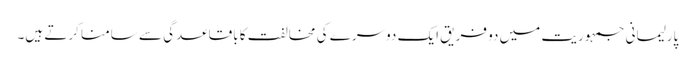
پارلیمانی جمہوریت میں دو فریق ایک دوسرے کی مخالفت کا باقاعدگی سے سامنا کرتے ہیں۔